Report of the Indian Hemp Drugs Commission, 1894-1895 - Volume III
Year: 1894
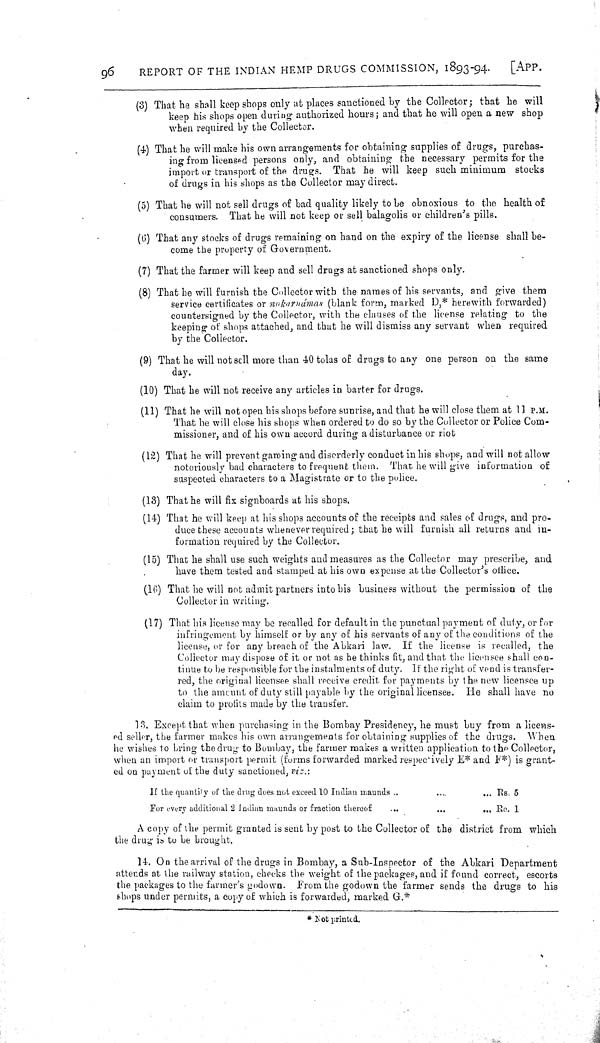
96
REPORT OF THE INDIAN HEMP DRUGS COMMISSION, 1893-94.
[APP.
(3) That he shall keep shops only at places sanctioned by the Collector; that he will
keep his shops open during authorized hours; and that he will open a new shop
when required by the Collector.
(4) That he will make his own arrangements for obtaining supplies of drugs, purchas-
ing from licensed persons only, and obtaining the necessary permits for the
import or transport of the drugs. That he will keep such minimum stocks
of drugs in his shops as the Collector may direct.
(5) That he will not sell drugs of bad quality likely to be obnoxious to the health of
consumers. That he will not keep or sell balagolis or children's pills.
(6) That any stocks of drugs remaining on hand on the expiry of the license shall be-
come the property of Government.
(7) That the farmer will keep and sell drugs at sanctioned shops only.
(8) That he will furnish the Collector with the names of his servants, and give them
service certificates or nokaruámas (blank form, marked D,* herewith forwarded)
countersigned by the Collector, with the clauses of the license relating to the
keeping of shops attached, and that he will dismiss any servant when required
by the Collector.
(9) That he will not sell more than 40 tolas of drugs to any one person on the same
day.
(10) That he will not receive any articles in barter for drugs.
(11) That he will not open his shops before sunrise, and that he will close them at 11 P.M.
That he will close his shops when ordered to do so by the Collector or Police Com-
missioner, and of his own accord during a disturbance or riot
(12) That he will prevent gaming and disorderly conduct in his shops, and will not allow
notoriously bad characters to frequent them. That he will give information of
suspected characters to a Magistrate or to the police.
(13) That he will fix signboards at his shops.
(14) That he will keep at his shops accounts of the receipts and sales of drugs, and pro-
duce these accounts whenever required; that he will furnish all returns and in-
formation required by the Collector.
(15) That he shall use such weights and measures as the Collector may prescribe, and
have them tested and stamped at his own expense at the Collector's office.
(16) That he will not admit partners into his business without the permission of the
Collector in writing.
(17) That his license may be recalled for default in the punctual payment of duty, or for
infringement by himself or by any of his servants of any of the conditions of the
license, or for any breach of the Abkari law. If the license is recalled, the
Collector may dispose of it or not as he thinks fit, and that the licensee shall con-
tinue to be responsible for the instalments of duty. If the right of vend is transfer-
red, the original licensee shall receive credit for payments by the new licensee up
to the amount of duty still payable by the original licensee. He shall have no
claim to profits made by the transfer.
13. Except that when purchasing in the Bombay Presidency, he must buy from a licens-
ed seller, the farmer makes his own arrangements for obtaining supplies of the drugs. When
he wishes to bring the drug to Bombay, the farmer makes a written application to the Collector,
when an import or transport permit (forms forwarded marked respectively E* and F*) is grant-
ed on payment of the duty sanctioned, viz.:
If the quantity of the drug does not exceed 10 Indian maunds
Rs. 5
For every additional 2 Indian maunds or fraction thereof
Re. 1
A copy of the permit granted is sent by post to the Collector of the district from which
the drug is to be brought.
14. On the arrival of the drugs in Bombay, a Sub-Inspector of the Abkari Department
attends at the railway station, checks the weight of the packages, and if found correct, escorts
the packages to the farmer's godown. From the godown the farmer sends the drugs to his
shops under permits, a copy of which is forwarded, marked G.*
* Not printed.